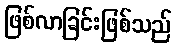
ဖြစ်လာခြင်းဖြစ်သည်